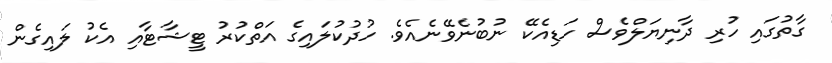
ގާތުގައި ހުރި ދާނިޔަލްވެސް ހަޑިއެކޭ ނުބުނެވޭނެއެވެ. ހުދުކުލައިގެ އަތްކުރު ޓީޝާޓާއި އެކު ލައިގެން